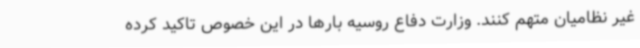
غیر نظامیان متهم کنند. وزارت دفاع روسیه بارها در این خصوص تاکید کرده